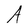
Character: A